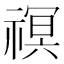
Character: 䄙